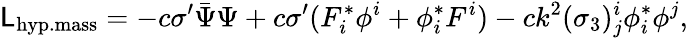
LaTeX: {\cal\mathsf{L}}_{\mathrm{{hyp.mass}}}=-c\sigma^{\prime}\bar{{\Psi}}\Psi+c\sigma^{\prime}(F_{i}^{*}\phi^{i}+\phi_{i}^{*}F^{i})-ck^{2}(\sigma_{3})_{j}^{i}\phi_{i}^{*}\phi^{j},